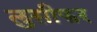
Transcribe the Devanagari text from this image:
लुसीफर